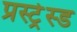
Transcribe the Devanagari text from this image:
प्रस्ट्रेस्ड